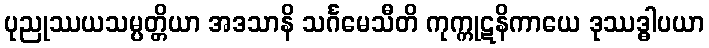
ပုညုဿယသမ္ပတ္တိယာ အဒသာနိ သင်္ဂမေသီတိ ကုက္ကုဋနိကာယေ ဒုဿဒ္ဓါပယာ